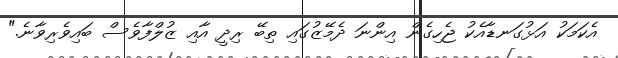
އެކަމަކު އަޅުގަނޑާއެކު ޖެހިގެން އިންނަ ދެމޭޒުގައި ތިބޭ ރިދީ އާއި ޒުލްފާވެސް ބައިވެރިވާނެ."